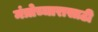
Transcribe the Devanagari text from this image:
मंत्रोच्चारासाठी